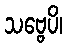
သဗ္ဗေပိ၊